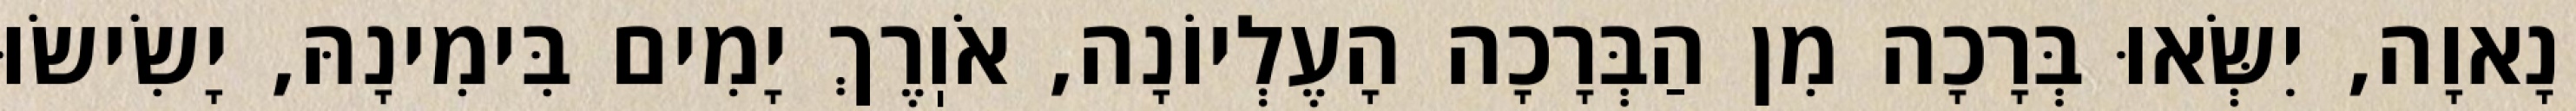
נָאוָה, יִשְּׂאוּ בְּרָכָה מִן הַבְּרָכָה הָעֶלְיוֹנָה, אֹוֽרֶךְ יָמִים בִּימִינָהּ, יָשִׂישׂוּ